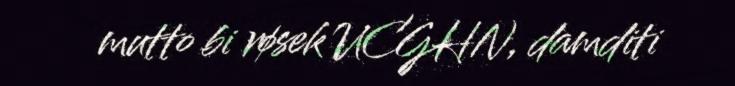
mutto bi røsek UCGHN, damditi